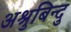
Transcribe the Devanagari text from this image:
अश्रुबिन्दु